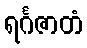
ရင်္ဂဇာတံ